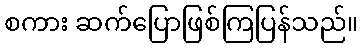
စကား ဆက်ပြောဖြစ်ကြပြန်သည်။